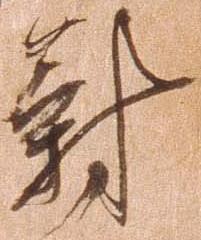
対